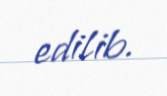
edilib.